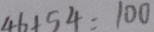
4 6 + 5 4 = 1 0 0